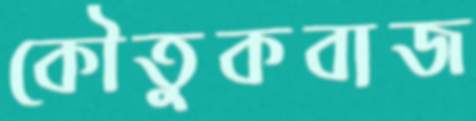
কৌতুকবাজ